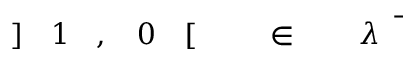
\! \! \! \! \! \! \! \! \! \! \! \bar { \! \! \! \! \! \! \! \! \! \! \! \! \lambda } \! \! \! \! \! \! \! \! \! \! \! \! \! \! \! \! \! \! \! \! \! \! \! \! \in \! \! \! \! \! \! \! \! \! \! \! \! \! \! \! \! \! \! \! \! \! \! \! \! [ \! \! \! \! \! \! \! \! \! \! \! \! 0 \! \! \! \! \! \! \! \! \! \! \! \! , \! \! \! \! \! \! \! \! \! \! \! \! 1 \! \! \! \! \! \! \! \! \! \! \! \! ] \! \! \! \! \! \! \! \! \! \! \!